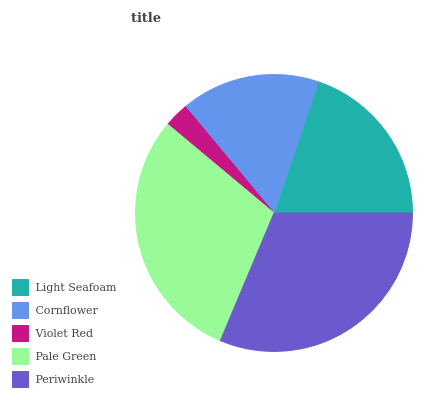
| Light Seafoam | Cornflower | Violet Red | Pale Green | Periwinkle |
 | --- | --- | --- | --- | --- |
 | 19.7% | 16.2% | 2.88% | 29.8% | 31.4% |